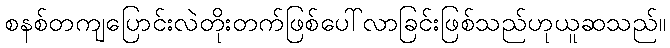
စနစ်တကျပြောင်းလဲတိုးတက်ဖြစ်ပေါ်လာခြင်းဖြစ်သည်ဟုယူဆသည်။